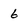
Character: 6